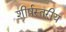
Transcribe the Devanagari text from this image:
शीर्षस्तरीय